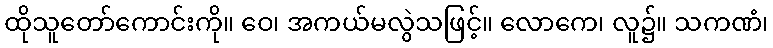
ထိုသူတော်ကောင်းကို။ ဝေ၊ အကယ်မလွဲသဖြင့်။ လောကေ၊ လူ၌။ သကဏံ၊